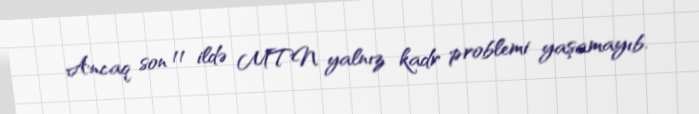
Ancaq son 11 ildə MTN yalnız kadr problemi yaşamayıb.